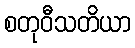
စတုဝီသတိယာ